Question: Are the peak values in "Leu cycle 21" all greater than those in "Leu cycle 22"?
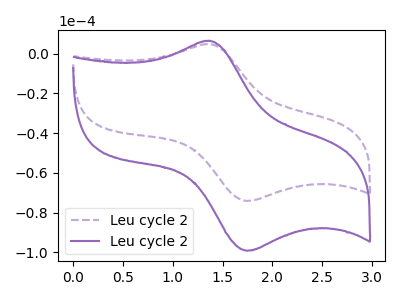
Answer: <think>The purple dashed curve "Leu cycle 21" has an anodic peak at (1.35V, 4.85uA) and a cathodic peak at (1.75V, -74.15uA). The purple curve "Leu cycle 22" has an anodic peak at (1.35V, 6.50uA) and a cathodic peak at (1.75V, -99.25uA).</think>
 <answer>Every peak in "Leu cycle 21" is lower than every peak in "Leu cycle 22".</answer>
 <eval>lower</eval>